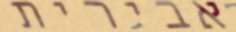
אבירית